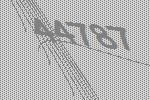
44787